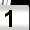
Digit: 1